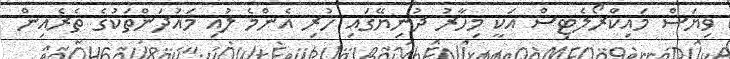
ވިޔަސް މައިކްރޯލެޓިސް އަކީ މިހާރު ދުނިޔޭގައި ހުރި އެންމެ ލުއި މައުދަންތަކުގެ ތެރެއިން